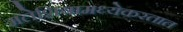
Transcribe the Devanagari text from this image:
मलेशियामध्येकरतात